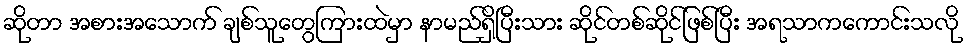
ဆိုတာ အစားအသောက် ချစ်သူတွေကြားထဲမှာ နာမည်ရှိပြီးသား ဆိုင်တစ်ဆိုင်ဖြစ်ပြီး အရသာကကောင်းသလို